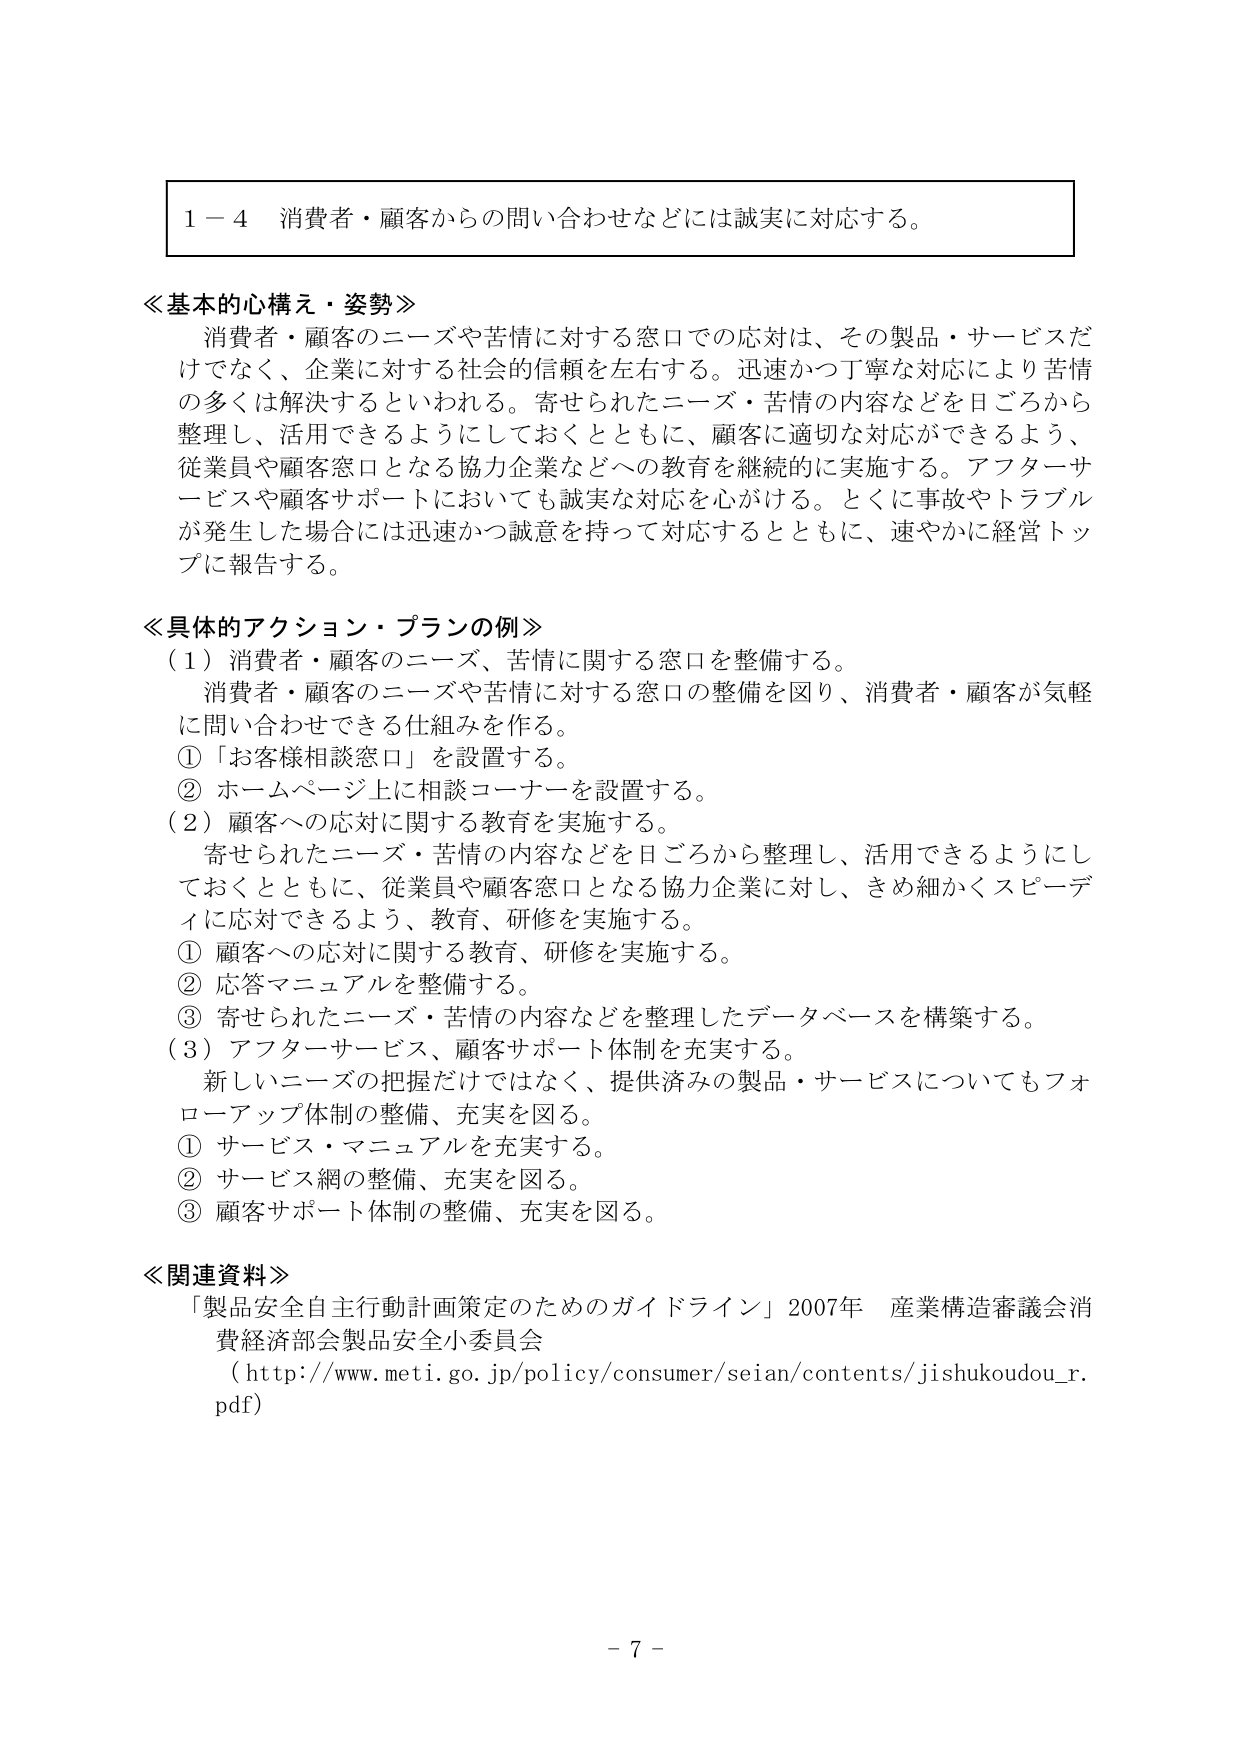
1－4 消費者・顧客からの問い合わせなどには誠実に対応する。

≪基本的心構え・姿勢≫
消費者・顧客のニーズや苦情に対する窓口での応対は、その製品・サービスだけでなく、企業に対する社会的信頼を左右する。迅速かつ丁寧な対応により苦情の多くは解決するといわれる。寄せられたニーズ・苦情の内容などを日ごろから整理し、活用できるようにしておくとともに、顧客に適切な対応ができるよう、従業員や顧客窓口となる協力企業などへの教育を継続的に実施する。アフターサービスや顧客サポートにおいても誠実な対応を心がける。とくに事故やトラブルが発生した場合には迅速かつ誠意を持って対応するとともに、速やかに経営トップに報告する。

≪具体的アクション・プランの例≫
（1）消費者・顧客のニーズ、苦情に関する窓口を整備する。
消費者・顧客のニーズや苦情に対する窓口の整備を図り、消費者・顧客が気軽に問い合わせできる仕組みを作る。
①「お客様相談窓口」を設置する。
②ホームページ上に相談コーナーを設置する。
（2）顧客への応対に関する教育を実施する。
寄せられたニーズ・苦情の内容などを日ごろから整理し、活用できるようにしておくとともに、従業員や顧客窓口となる協力企業に対し、きめ細かくスピーディに応対できるよう、教育、研修を実施する。
①顧客への応対に関する教育、研修を実施する。
②応答マニュアルを整備する。
③寄せられたニーズ・苦情の内容などを整理したデータベースを構築する。
（3）アフターサービス、顧客サポート体制を充実する。
新しいニーズの把握だけではなく、提供済みの製品・サービスについてもフォローアップ体制の整備、充実を図る。
①サービス・マニュアルを充実する。
②サービス網の整備、充実を図る。
③顧客サポート体制の整備、充実を図る。

≪関連資料≫
「製品安全自主行動計画策定のためのガイドライン」2007年 産業構造審議会消費経済部会製品安全小委員会
（http://www.meti.go.jp/policy/consumer/seian/contents/jishukoudou_r.pdf）

－7－